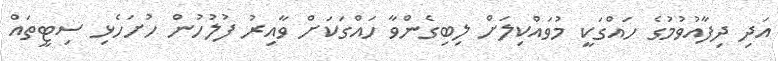
އަދި ދިފާއުވުމުގެ ހައްގަކީ މުވައްކިލަށް ލިބިގެންވާ ހައްގަކަށް ވާއިރު ފުލުހުން ހުށަހެޅި ސިޓީތައް